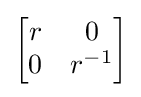
{\begin{bmatrix}r&0\\0&r^{-1}\end{bmatrix}}